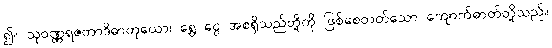
၍။ သုဝဏ္ဏရဇတာဒိဓာတုယော၊ ရွှေ ငွေ အစရှိသည်တို့ကို ဖြစ်စေတတ်သော ကျောက်ဓာတ်တို့သည်။